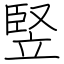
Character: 竪